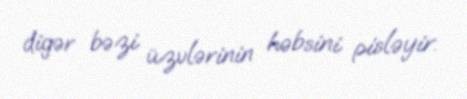
digər bəzi üzvlərinin həbsini pisləyir.